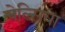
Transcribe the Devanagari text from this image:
चेल्‍सिया